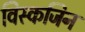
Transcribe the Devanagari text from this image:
विस्कजिन